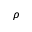
\rho